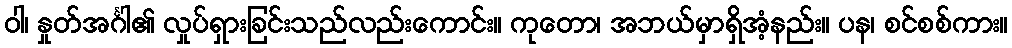
ဝါ၊ နှုတ်အင်္ဂါ၏ လှုပ်ရှားခြင်းသည်လည်းကောင်း။ ကုတော၊ အဘယ်မှာရှိအံ့နည်း။ ပန၊ စင်စစ်ကား။